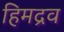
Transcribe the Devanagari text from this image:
हिमद्रव